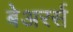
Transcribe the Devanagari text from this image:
बेअरर्स